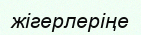
жігерлеріңе